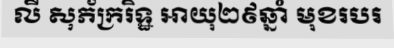
លី សុភ័ក្ររិទ្ឋ អាយុ២៩ឆ្នាំ មុខរបរ